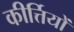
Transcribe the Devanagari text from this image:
कीर्त्तियों